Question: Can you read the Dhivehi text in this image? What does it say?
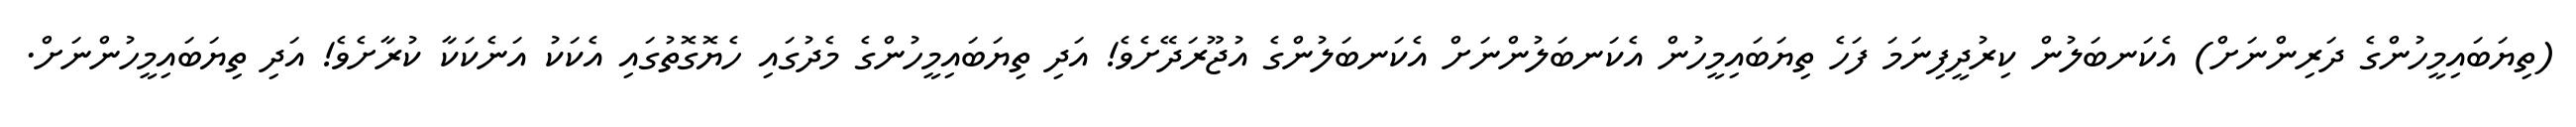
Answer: (ތިޔަބައިމީހުންގެ ދަރިންނަށް) އެކަނބަލުން ކިރުދީފިނަމަ ފަހެ ތިޔަބައިމީހުން އެކަނބަލުންނަށް އެކަނބަލުންގެ އުޖޫރަދޭށެވެ! އަދި ތިޔަބައިމީހުންގެ މެދުގައި ހެޔޮގޮތުގައި އެކަކު އަނެކަކާ ކުރާށެވެ! އަދި ތިޔަބައިމީހުންނަށް.